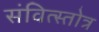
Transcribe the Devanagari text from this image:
संवित्स्तोत्र